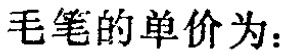
毛笔的单价为：